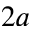
2 a